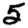
Digit: 5